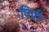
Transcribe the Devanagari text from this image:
पिप्री